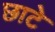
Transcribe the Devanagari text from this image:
छाटे